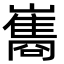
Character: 巂